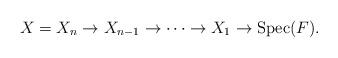
LaTeX: \begin{align*} X=X_n\to X_{n-1}\to\cdots\to X_1\to\textrm{\rm Spec}(F).\end{align*}